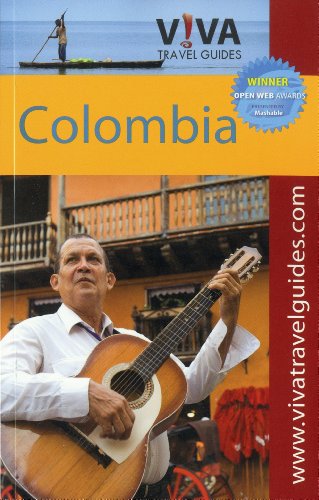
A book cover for Colombia (Viva Travel Guides); Lorraine Caputo; Travel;